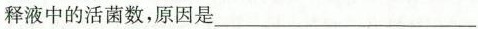
释液中的活菌数，原因是___